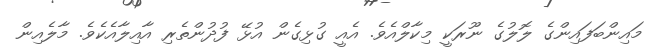
މައިންބަފައިންގެ ލޮލުގެ ނޫރަކީ މިކާލްއެވެ. އެއީ ގުޅިގެން އުޅޭ ފުދުންތެރި އާއިލާއެކެވެ. މާލެއިން